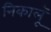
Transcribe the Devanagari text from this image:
निकालूॅ